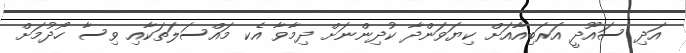
އަދި ސައޫދީ އަރަބިއާއަށް ކިޔަވަންދާ ކުދިންނަށް ދިމާވާ އެކ މައްސަލަތަކާއި ވިސާ ހޯދުމަށް